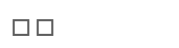
٥١